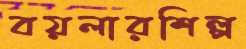
বয়লারশিল্প